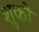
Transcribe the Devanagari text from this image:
शुको